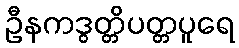
ဦနကဒွတ္တိပတ္တပူရေ